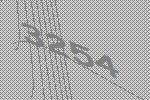
3254